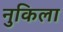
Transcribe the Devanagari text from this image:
नुकिला